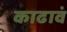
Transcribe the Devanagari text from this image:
काढावं